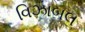
વિઝાબલ